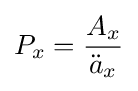
{}P_{x}={\frac {A_{x}}{{\ddot {a}}_{x}}}